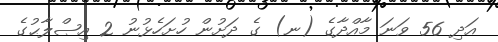
އަދި 56 ވަނަ މާއްދާގެ (ނ) ގެ ދަށުން ހުށަހެޅުނު 2 އިޞްލާޙުގެ